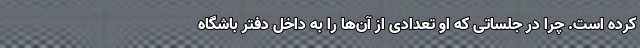
کرده است. چرا در جلساتی که او تعدادی از آن‌ها را به داخل دفتر باشگاه